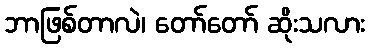
ဘာဖြစ်တာလဲ၊ တော်တော် ဆိုးသလား